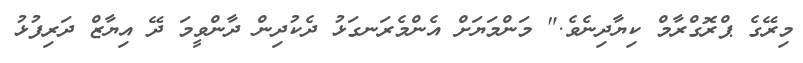
މިރޭގެ ޕްރޮގްރާމް ކިޔާދިނެވެ." މަންމަޔަށް އެންމެރަނގަޅު ދެކުދިން ދާންވީމަ ދޭ އިޔާޒް ދަރިފުޅު